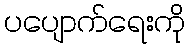
ပပျောက်ရေးကို